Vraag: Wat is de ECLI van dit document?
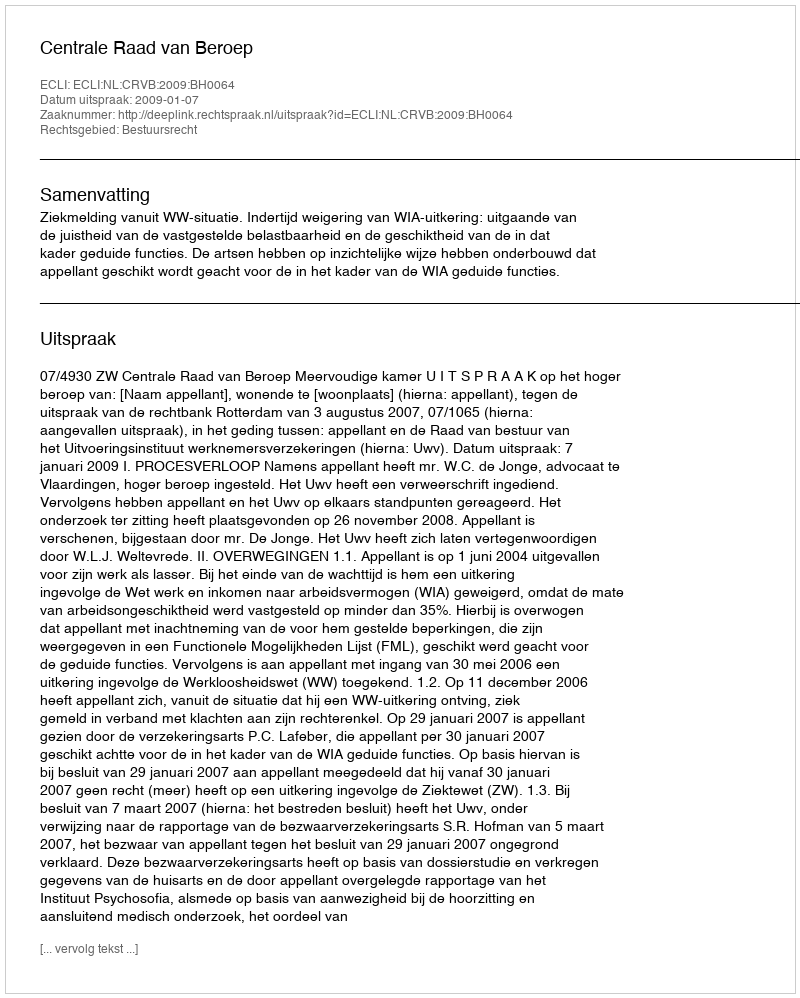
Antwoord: ECLI:NL:CRVB:2009:BH0064